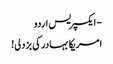
- ایکسپریس اردو
امریکا بہادر کی بزدلی!